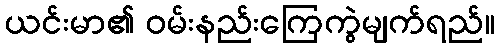
ယင်းမာ၏ ဝမ်းနည်းကြေကွဲမျက်ရည်။